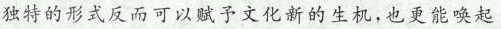
独特的形式反而可以赋予文化新的生机，也更能唤起